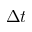
\Delta { t }